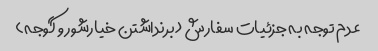
عدم توجه به جزئیات سفارش (برنداشتن خیارشور و گوجه)